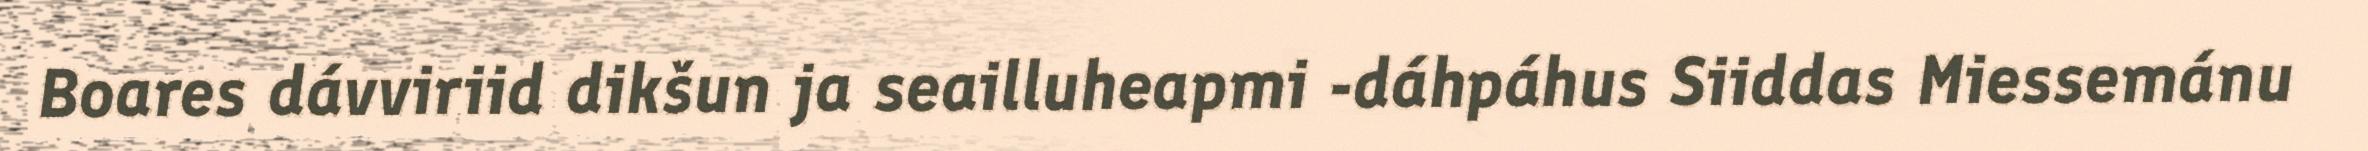
Boares dávviriid dikšun ja seailluheapmi -dáhpáhus Siiddas Miessemánu